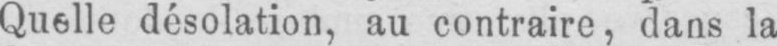
Quelle désolation, au contraire, dans la